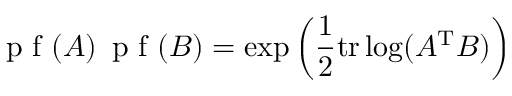
{ \textrm { p f } } ( A ) \, { \textrm { p f } } ( B ) = \exp \left( { \frac { 1 } { 2 } } \mathrm { t r } \log ( A ^ { \mathrm { T } } B ) \right)